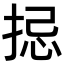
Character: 𢭄